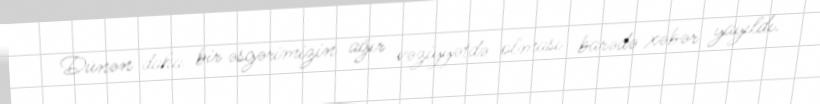
Dünən daha bir əsgərimizin ağır vəziyyətdə olması barədə xəbər yayıldı.